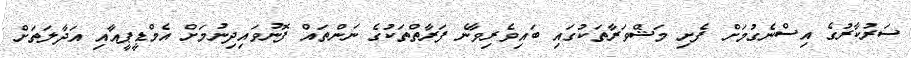
ސަރުކާރުގެ އިސްނެގުމަށް ފެށި މަޝްވަރާތަކުގައި ބައިވެރިވާނެ ފަރާތްތަކުގެ ނަންތައް ފޮނުވައިދިނުމަށް އެމްޑީޕީއާއި އަދާލަތަށް